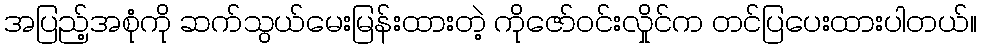
အပြည့်အစုံကို ဆက်သွယ်မေးမြန်းထားတဲ့ ကိုဇော်ဝင်းလှိုင်က တင်ပြပေးထားပါတယ်။